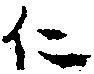
仁